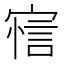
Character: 𰍖